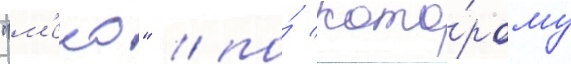
"м'еко" / по́ кото́рому